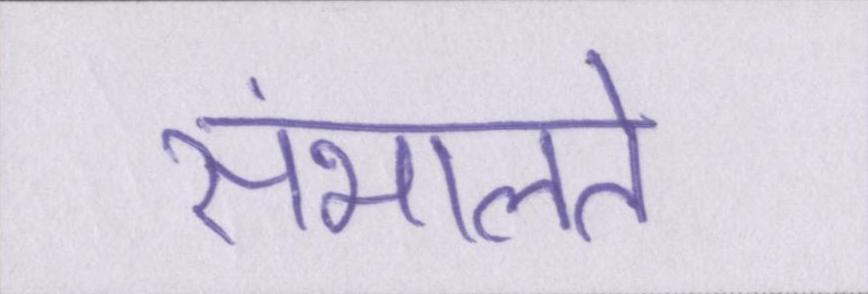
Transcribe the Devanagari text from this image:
संभालते